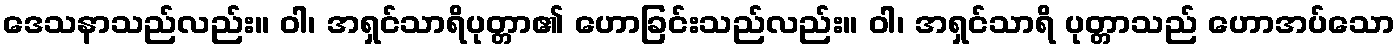
ဒေသနာသည်လည်း။ ဝါ၊ အရှင်သာရိပုတ္တာ၏ ဟောခြင်းသည်လည်း။ ဝါ၊ အရှင်သာရိ ပုတ္တာသည် ဟောအပ်သော